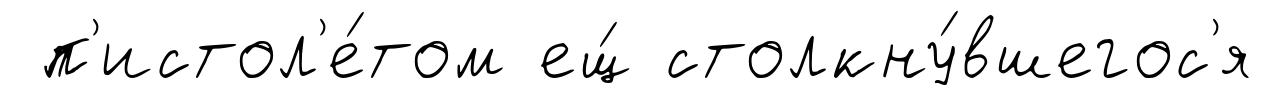
п'истол'е́том ещ́ столкну́вшегос'я